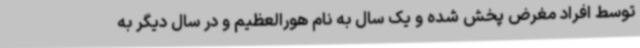
توسط افراد مغرض پخش شده و یک سال به نام هورالعظیم و در سال دیگر به